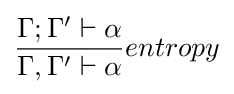
{\frac {\Gamma ;\Gamma '\vdash \alpha }{\Gamma ,\Gamma '\vdash \alpha }}entropy